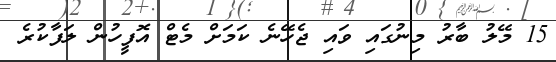
15 މޭލު ބާރު މިނުގައި ވައި ޖެހޭނެ ކަމަށް މެޓް އޮފީހުން ލަފާކުރެ